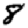
Digit: 8